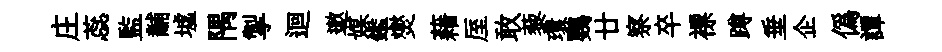
庄蕊監黼墟隅掣迴遨媒鑑爕藉厔敢藜環鸚廿察卒褾蹲垂企僞譚